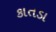
કાતડા